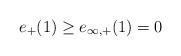
LaTeX: \begin{align*}e_+ (1) \geq e_{\infty , + } (1) = 0\end{align*}